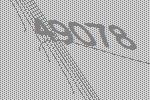
49078